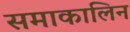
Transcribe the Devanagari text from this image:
समाकालिन